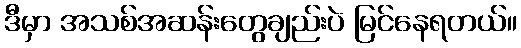
ဒီမှာ အသစ်အဆန်းတွေချည်းပဲ မြင်နေရတယ်။